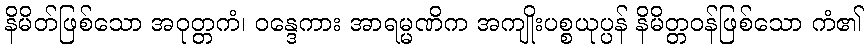
နိမိတ်ဖြစ်သော အဝုတ္တကံ၊ ဝန္ဒေကား အာရမ္မဏိက အကျိုးပစ္စယုပ္ပန် နိမိတ္တဝန်ဖြစ်သော ကံ၏